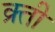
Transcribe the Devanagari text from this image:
क्र्ती